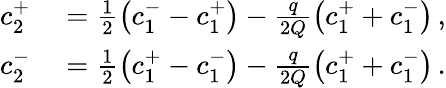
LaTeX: \begin{array}{rl}{c_{2}^{+}}&{{}=\frac{1}{2}\left(c_{1}^{-}-c_{1}^{+}\right)-\frac{q}{2Q}\left(c_{1}^{+}+c_{1}^{-}\right)\, ,}\\ {c_{2}^{-}}&{{}=\frac{1}{2}\left(c_{1}^{+}-c_{1}^{-}\right)-\frac{q}{2Q}\left(c_{1}^{+}+c_{1}^{-}\right)\, .}\end{array}